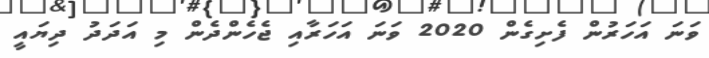
ވަނަ އަހަރުން ފެށިގެން 2020 ވަނަ އަހަރާއި ޖެހެންދެން މި އަދަދު ދިޔައީ